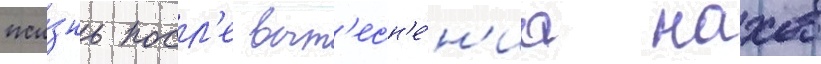
жи́знь посл'е выт'есн'е́н'иа нахов